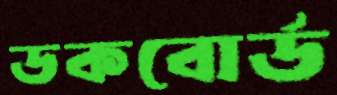
ডকবোর্ড